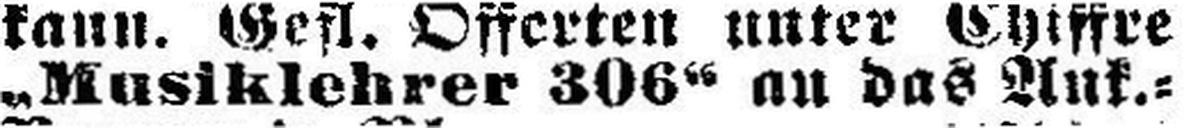
„Musiklehrer 306“ an das Ank.=